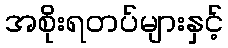
အစိုးရတပ်များနှင့်